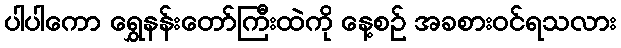
ပါပါကော ရွှေနန်းတော်ကြီးထဲကို နေ့စဉ် အခစားဝင်ရသလား